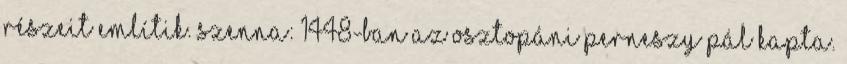
részeit említik. Szenna: 1448-ban az Osztopáni Perneszy Pál kapta.